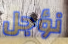
نؤجل